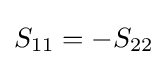
S_{11}=-S_{22}